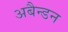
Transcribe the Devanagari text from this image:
अबैन्डन